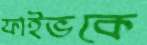
ফাইভকে